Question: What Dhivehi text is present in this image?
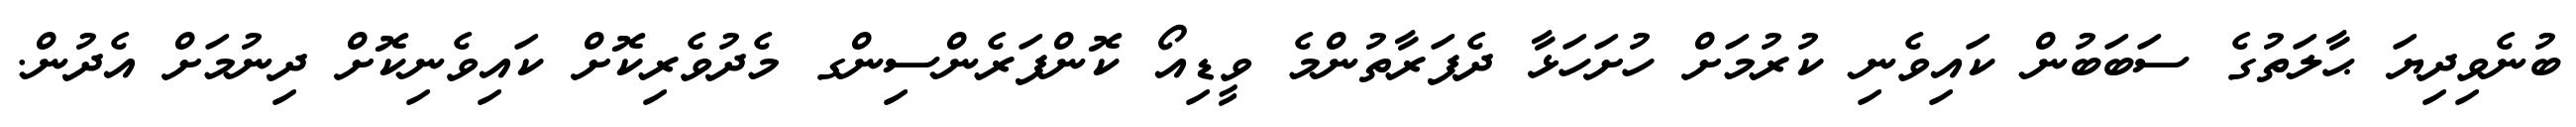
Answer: ބުނެވިދިޔަ ޙާލަތުގެ ސަބަބުން ކައިވެނި ކުރުމަށް ހުށަހަޅާ ދެފަރާތުންމެ ވީޑިއޯ ކޮންފަރެންސިންގ މެދުވެރިކޮށް ކައިވެނިކޮށް ދިނުމަށް އެދުން.